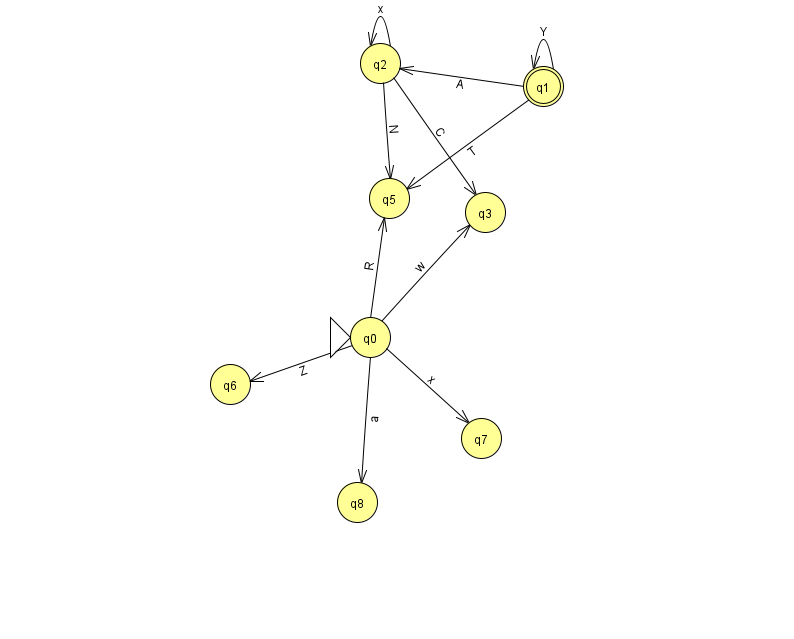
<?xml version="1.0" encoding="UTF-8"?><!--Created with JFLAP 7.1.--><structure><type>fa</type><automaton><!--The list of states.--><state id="0" name="q0"><x>370.0</x><y>324.0</y><initial/></state><state id="1" name="q1"><x>543.0</x><y>73.0</y><final/></state><state id="2" name="q2"><x>380.0</x><y>50.0</y></state><state id="3" name="q3"><x>485.0</x><y>199.0</y></state><state id="5" name="q5"><x>389.0</x><y>185.0</y></state><state id="6" name="q6"><x>230.0</x><y>371.0</y></state><state id="7" name="q7"><x>481.0</x><y>425.0</y></state><state id="8" name="q8"><x>357.0</x><y>489.0</y></state><!--The list of transitions.--><transition><from>0</from><to>6</to><read>Z</read></transition><transition><from>0</from><to>3</to><read>w</read></transition><transition><from>0</from><to>8</to><read>a</read></transition><transition><from>2</from><to>2</to><read>x</read></transition><transition><from>0</from><to>5</to><read>R</read></transition><transition><from>1</from><to>1</to><read>Y</read></transition><transition><from>0</from><to>7</to><read>x</read></transition><transition><from>1</from><to>2</to><read>A</read></transition><transition><from>2</from><to>3</to><read>C</read></transition><transition><from>2</from><to>5</to><read>N</read></transition><transition><from>1</from><to>5</to><read>T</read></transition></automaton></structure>